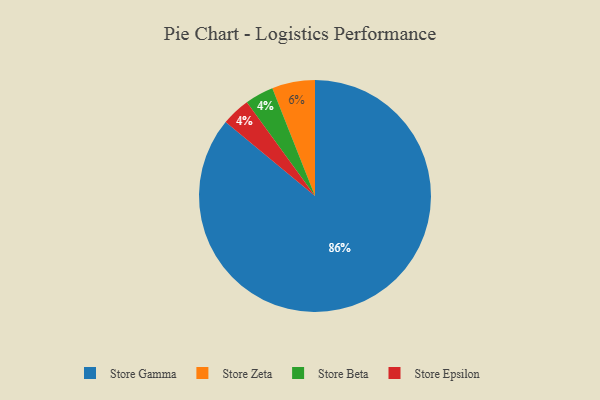
{"axis": {"x": "Category", "y": "Percentage"}, "legend": ["Store Beta", "Store Epsilon", "Store Gamma", "Store Zeta"], "data": [{"x": "Store Beta", "y": 4, "type": "Store Beta"}, {"x": "Store Zeta", "y": 6, "type": "Store Zeta"}, {"x": "Store Epsilon", "y": 4, "type": "Store Epsilon"}, {"x": "Store Gamma", "y": 86, "type": "Store Gamma"}]}